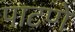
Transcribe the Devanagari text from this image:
पाटणे